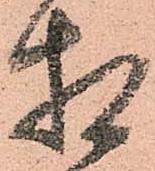
相